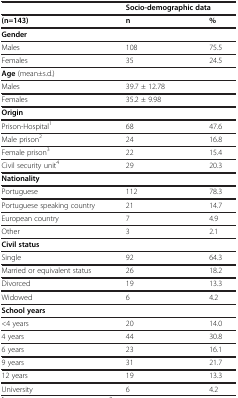
|  | <COLSPAN=2> Socio-demographic data |
 | (n=143) | n | % |
 | --- | --- | --- |
 | Gender |  |  |
 | Males | 108 | 75.5 |
 | Females | 35 | 24.5 |
 | Age (mean±s.d.) |  |  |
 | Males | 39.7 ± 12.78 |  |
 | Females | 35.2 ± 9.98 |  |
 | Origin |  |  |
 | Prison-Hospital1 | 68 | 47.6 |
 | Male prison2 | 24 | 16.8 |
 | Female prison3 | 22 | 15.4 |
 | Civil security unit4 | 29 | 20.3 |
 | Nationality |  |  |
 | Portuguese | 112 | 78.3 |
 | Portuguese speaking country | 21 | 14.7 |
 | European country | 7 | 4.9 |
 | Other | 3 | 2.1 |
 | Civil status |  |  |
 | Single | 92 | 64.3 |
 | Married or equivalent status | 26 | 18.2 |
 | Divorced | 19 | 13.3 |
 | Widowed | 6 | 4.2 |
 | School years |  |  |
 | <4 years | 20 | 14.0 |
 | 4 years | 44 | 30.8 |
 | 6 years | 23 | 16.1 |
 | 9 years | 31 | 21.7 |
 | 12 years | 19 | 13.3 |
 | University | 6 | 4.2 |